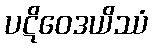
ပဋိဝေဒယိဿံ